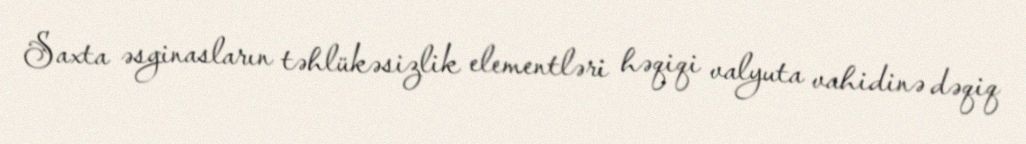
Saxta əsginasların təhlükəsizlik elementləri həqiqi valyuta vahidinə dəqiq